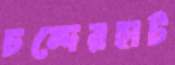
চন্দেরহাট